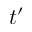
t ^ { \prime }